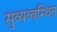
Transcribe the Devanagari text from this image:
सुव्यव्वस्थित